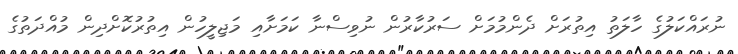
ނުރައްކަލުގެ ހާލަތު އިތުރަށް ދެންމުމަށް ސަރުކާރުން ނުވިސްނާ ކަމަށާއި މަޖިލީހުން އިތުރުކޮށްދިން މުއްދަތުގެ